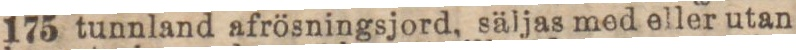
175 tunnland afrösningsjord, säljas med eller utan